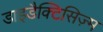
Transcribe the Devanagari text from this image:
डाइडैक्टिसिज़्म